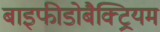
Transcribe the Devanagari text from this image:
बाइफीडोबैक्ट्रियम